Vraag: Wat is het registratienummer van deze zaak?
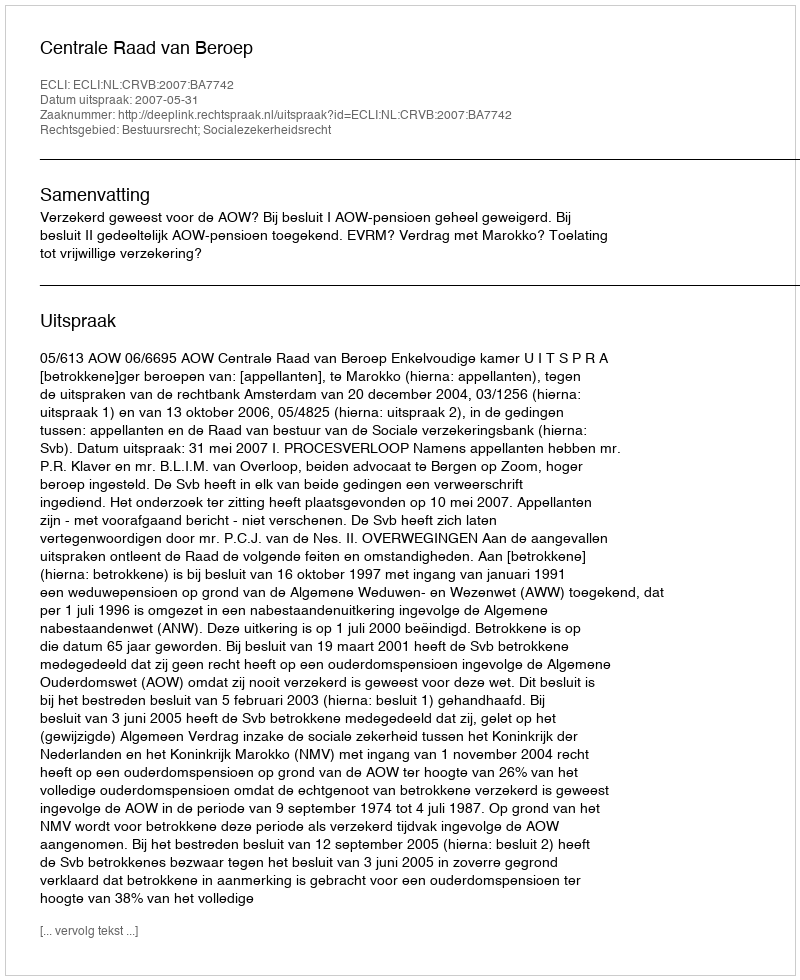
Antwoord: http://deeplink.rechtspraak.nl/uitspraak?id=ECLI:NL:CRVB:2007:BA7742